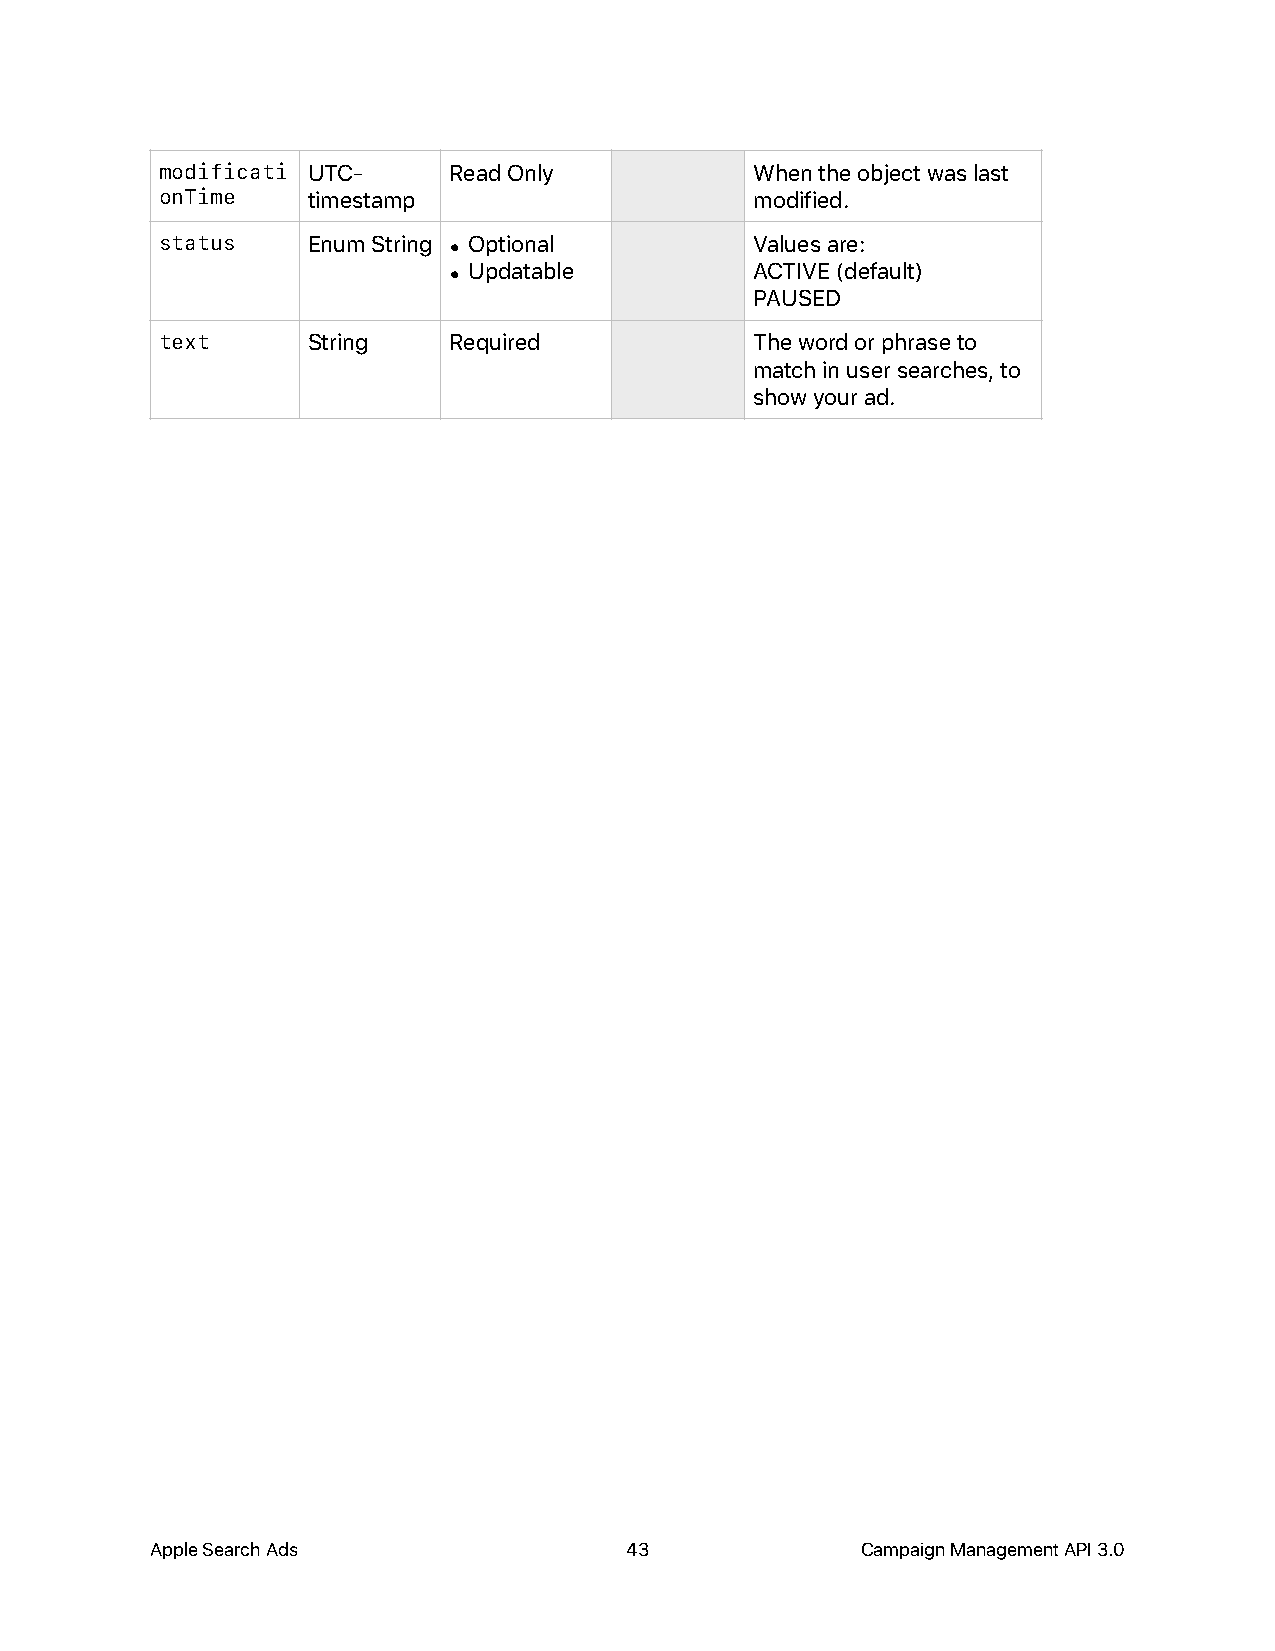
modificati UTC-    Read Only           When the object was last
 onTime   timestamp                     modified.
 status   Enum String • Optional        Values are:
 • Updatable         ACTIVE (default)
 PAUSED
 text     String    Required            The word or phrase to
 match in user searches, to
 show your ad.
 Apple Search Ads               43              Campaign Management API 3.0